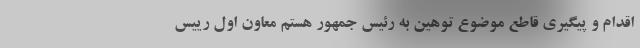
اقدام و پیگیری قاطع موضوع توهین به رئیس جمهور هستم معاون اول رییس